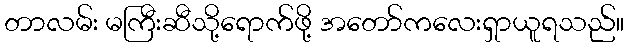
တာလမ်း မကြီးဆီသို့ရောက်ဖို့ အတော်ကလေးရှာယူရသည်။